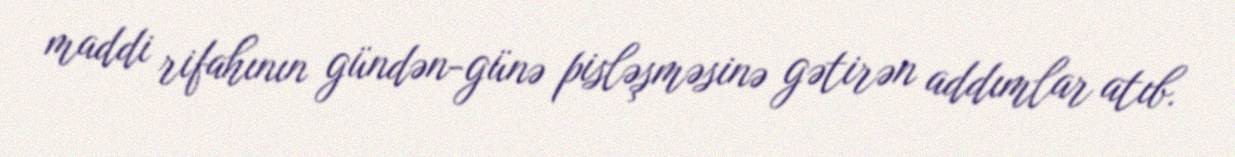
maddi rifahının gündən-günə pisləşməsinə gətirən addımlar atıb.